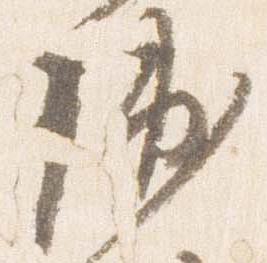
輔